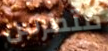
متمرس